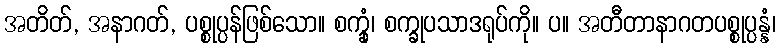
အတိတ်, အနာဂတ်, ပစ္စုပ္ပန်ဖြစ်သော။ စက္ခုံ၊ စက္ခုပသာဒရုပ်ကို။ ပ။ အတီတာနာဂတပစ္စုပ္ပန္နံ၊